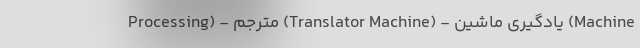
Processing) - مترجم (Translator Machine) - یادگیری ماشین (Machine